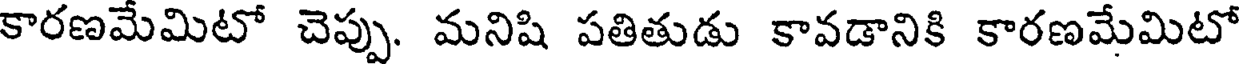
కారణమేమిటో చెప్పు. మనిషి పతితుడు కావడానికి కారణమేమిటో